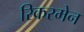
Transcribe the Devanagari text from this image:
रिकरमेन